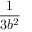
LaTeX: \frac { 1 } { 3 b ^ { 2 } }